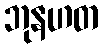
ဘုနဟတ